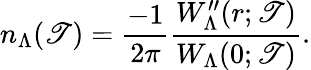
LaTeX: n_{\Lambda}(\mathscr{T})=\frac{{-1}}{{2\pi}}\frac{{W_{\Lambda}^{\prime\prime}(r;\mathscr{T})}}{{W_{\Lambda}(0;\mathscr{T})}}.